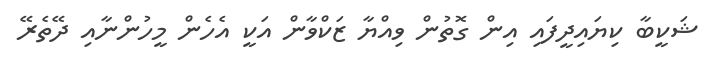
ޝަކީބާ ކިޔައިދީފައި އިން ގޮތުން ވިއްޔާ ޒަކްވާން އަކީ އެހެން މީހުންނާއި ދޭތެރޭ